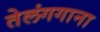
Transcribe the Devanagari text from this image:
तेलंगगाना